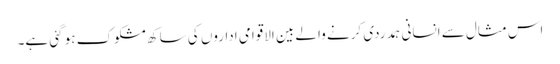
اس مثال سے انسانی ہمدردی کرنے والے بین الاقوامی اداروں کی ساکھ مشکوک ہو گئی ہے۔